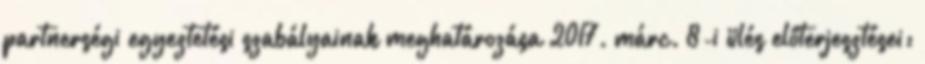
partnerségi egyeztetési szabályainak meghatározása 2017. márc. 8-i ülés előterjesztései: